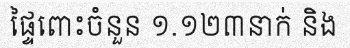
ផ្ទៃពោះចំនួន ១.១២៣នាក់ និង